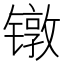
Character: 镦